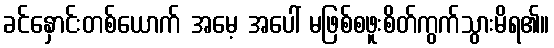
ခင်နှောင်းတစ်ယောက် အမေ့ အပေါ် မဖြစ်စဖူးစိတ်ကွက်သွားမိရ၏။